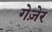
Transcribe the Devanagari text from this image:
गेज़ेर